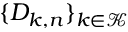
\{ D _ { k , n } \} _ { k \in \mathcal K }